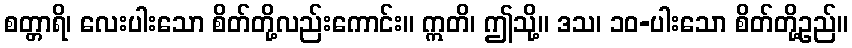
စတ္တာရိ၊ လေးပါးသော စိတ်တို့လည်းကောင်း။ ဣတိ၊ ဤသို့။ ဒသ၊ ၁၀-ပါးသော စိတ်တို့ဥည်။